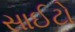
સાઈટો